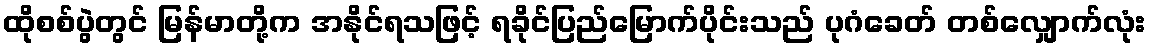
ထိုစစ်ပွဲတွင် မြန်မာတို့က အနိုင်ရသဖြင့် ရခိုင်ပြည်မြောက်ပိုင်းသည် ပုဂံခေတ် တစ်လျှောက်လုံး